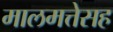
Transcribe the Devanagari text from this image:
मालमत्तेसह